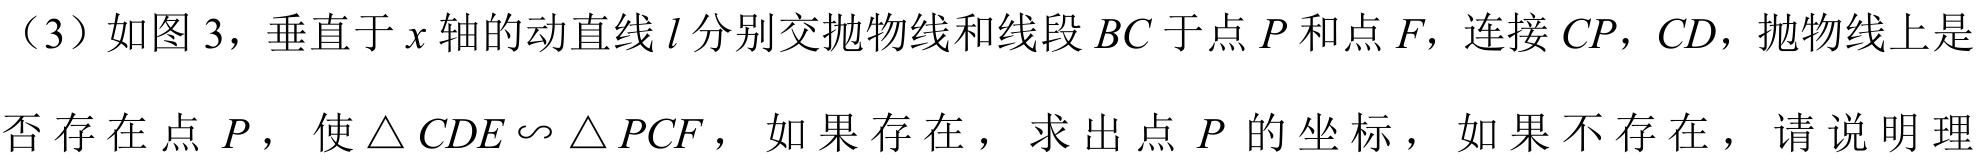
（3）如图 3，垂直于\(x\)轴的动直线\(l\)分别交抛物线和线段\(BC\)于点\(P\)和点\(F\)，连接\(CP\)，\(CD\)，抛物线上是否存在点\(P\)，使\(\triangle CDE\backsim\triangle PCF\)，如果存在，求出点\(P\)的坐标，如果不存在，请说明理